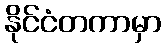
နိုင်ငံတကာမှာ